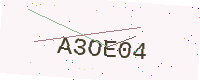
Text: A3OE04